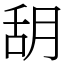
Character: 䑚